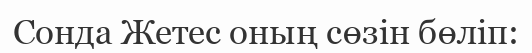
Сонда Жетес оның сөзін бөліп: